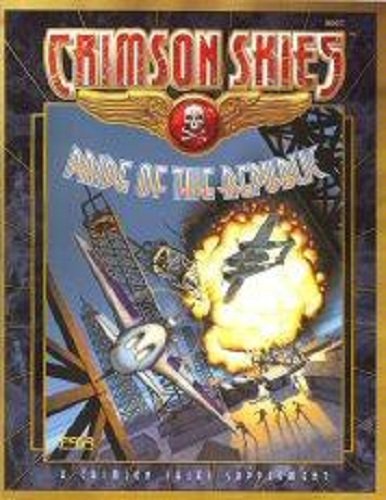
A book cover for Crimson Skies: Pride of the Republic (FAS8007); Fasa; Sports & Outdoors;